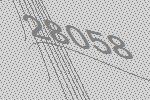
28058